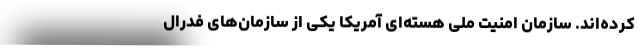
کرده‌اند. سازمان امنیت ملی هسته‌ای آمریکا یکی از سازمان‌های فدرال